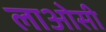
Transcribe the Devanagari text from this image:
लाओसी